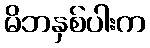
မိဘနှစ်ပါးက